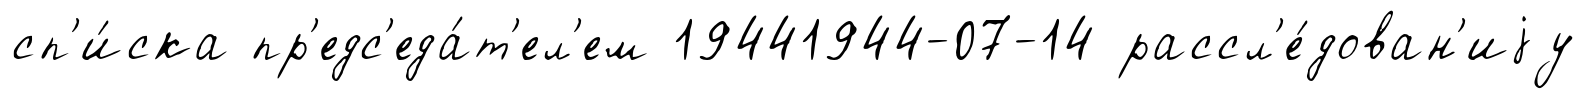
сп'и́ска пр'едс'еда́т'ел'ем 19441944-07-14 рассл'е́дован'иjу